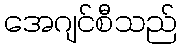
အေဂျင်စီသည်